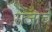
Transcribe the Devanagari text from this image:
राजाचें